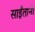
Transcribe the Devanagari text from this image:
साईंतानो